Scottish Certificate of Education, 1963
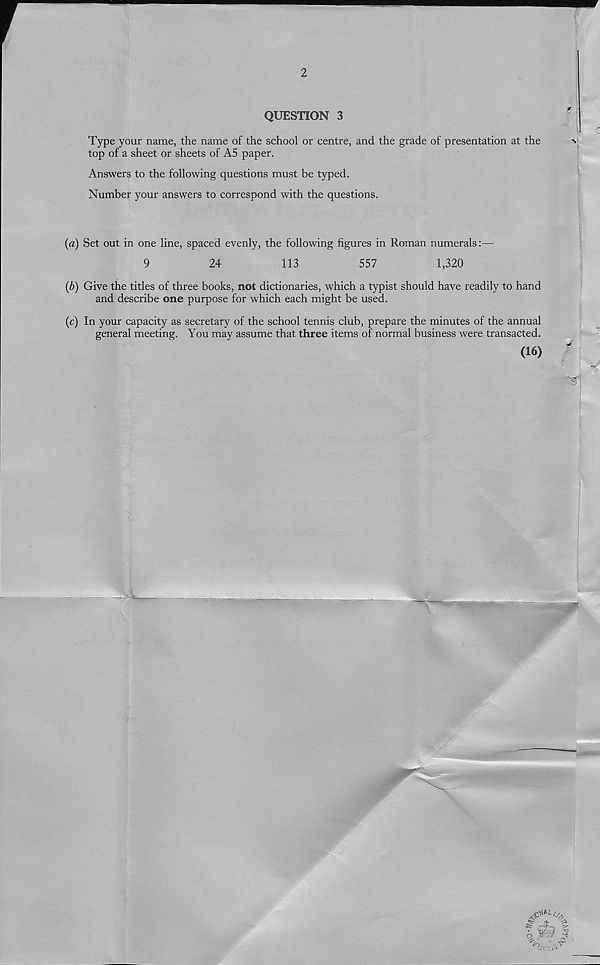
2
QUESTION 3
Type your name, the name of the school or centre, and the grade of presentation at the
n
top of a sheet or sheets of AS paper.
Answers to the following questions must be typed.
Number your answers to correspond with the questions.
{a) Set out in one line, spaced evenly, the following figures in Roman numerals:—
9
24
113
557
1,320
(b) Give the titles of three books, not dictionaries, which a typist should have readily to hand
and describe one purpose for which each might be used.
(c) In your capacity as secretary of the school tennis club, prepare the minutes of the annual
general meeting. You may assume that three items of normal business were transacted.
(16)
*
-Wj